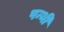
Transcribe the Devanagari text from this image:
पन्थी